Report of the King Institute of Preventive Medicine, Guindy
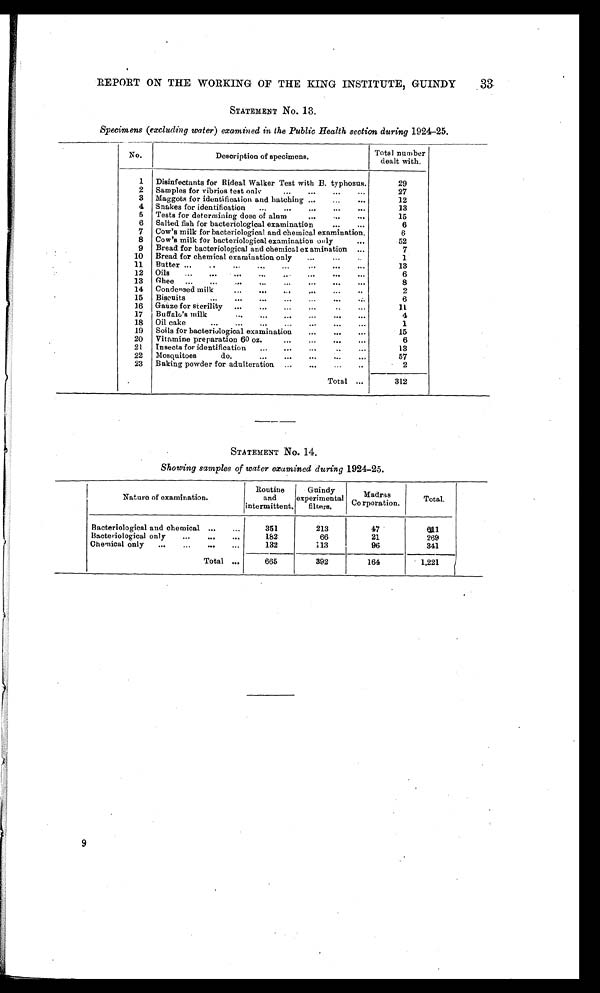
REPORT ON THE WORKING OF THE KING INSTITUTE, GUINDY
33
STATEMENT No. 13.
Specimens (excluding water) examined in the Public Health section during 1924-25.
No.
Description of specimens.
Total num b e r
dealt with.
1
Disinfectants for Rideal Walker Test with B. typhosus.
29
2
Samples for vibrios test only . . .
27
3
Maggots for identification and hatching . . .
12
4
Snakes for identification . . .
13
5
Tests for determining dose of alum . . .
15
6
Salted fish for bacteriological examination . . .
6
7
Cow's milk for bacteriological and chemical examination.
6
8
Cow's milk for bacteriological examination only . . .
52
9
Bread for bacteriological and chemical examination . . .
7
10
Bread for chemical examination only . . .
1
11
Butter . . .
13
12
Oils . . .
6
13
Ghee . . .
8
14
Condensed milk . . .
2
15
Biscuits . . .
6
16
Gauze for sterility . . .
11
17
Buffalo's milk . . .
4
18
Oil cake . . .
1
19
Soils for bacteriological examination . . .
15
20
Vitamine preparation 60 oz. . . .
6
21
Insects for identification . . .
13
22
Mosquitoes
do. . . .
57
23
Baking powder for adulteration . . .
2
Total . . .
312
STATEMENT No. 14.
Showing samples of water examined during 1924-25.
Nature of examination .
Routine
and
intermittent.
Guindy
experimental
filters.
Madras
Corporation.
Total.
Bacteriological and chemical . . .
351
213
47
6 1 1
Bacteriological only . . .
182
66
21
269
Chemical only . . .
132
113
96
341
Total . . .
665
392
164
1,221
9